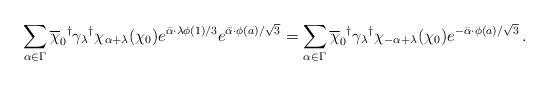
LaTeX: \begin{align*}\sum_{\alpha\in\Gamma}{\overline\chi_0}^\dagger{\gamma_\lambda}^\dagger\chi_{\alpha+\lambda}(\chi_0)e^{\bar\alpha\cdot\lambda\phi(1)/3}e^{\bar\alpha\cdot\phi(a)/\sqrt 3}=\sum_{\alpha\in\Gamma}{\overline\chi_0}^\dagger{\gamma_\lambda}^\dagger\chi_{-\alpha+\lambda}(\chi_0)e^{-\bar\alpha\cdot\phi(a)/\sqrt 3}\,.\end{align*}